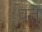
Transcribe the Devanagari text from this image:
वत्